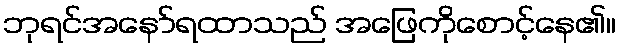
ဘုရင်အနော်ရထာသည် အဖြေကိုစောင့်နေ၏။